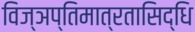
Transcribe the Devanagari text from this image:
विज्ञप्तिमात्रतासिद्धि